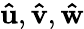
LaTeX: \mathbf{\hat{u}},\mathbf{\hat{v}},\mathbf{\hat{w}}